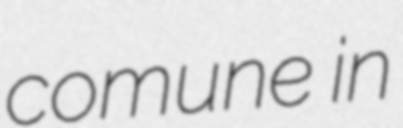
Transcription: comune in